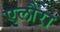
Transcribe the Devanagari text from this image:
एलौरा